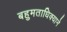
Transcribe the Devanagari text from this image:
बहुमताधिक्याने